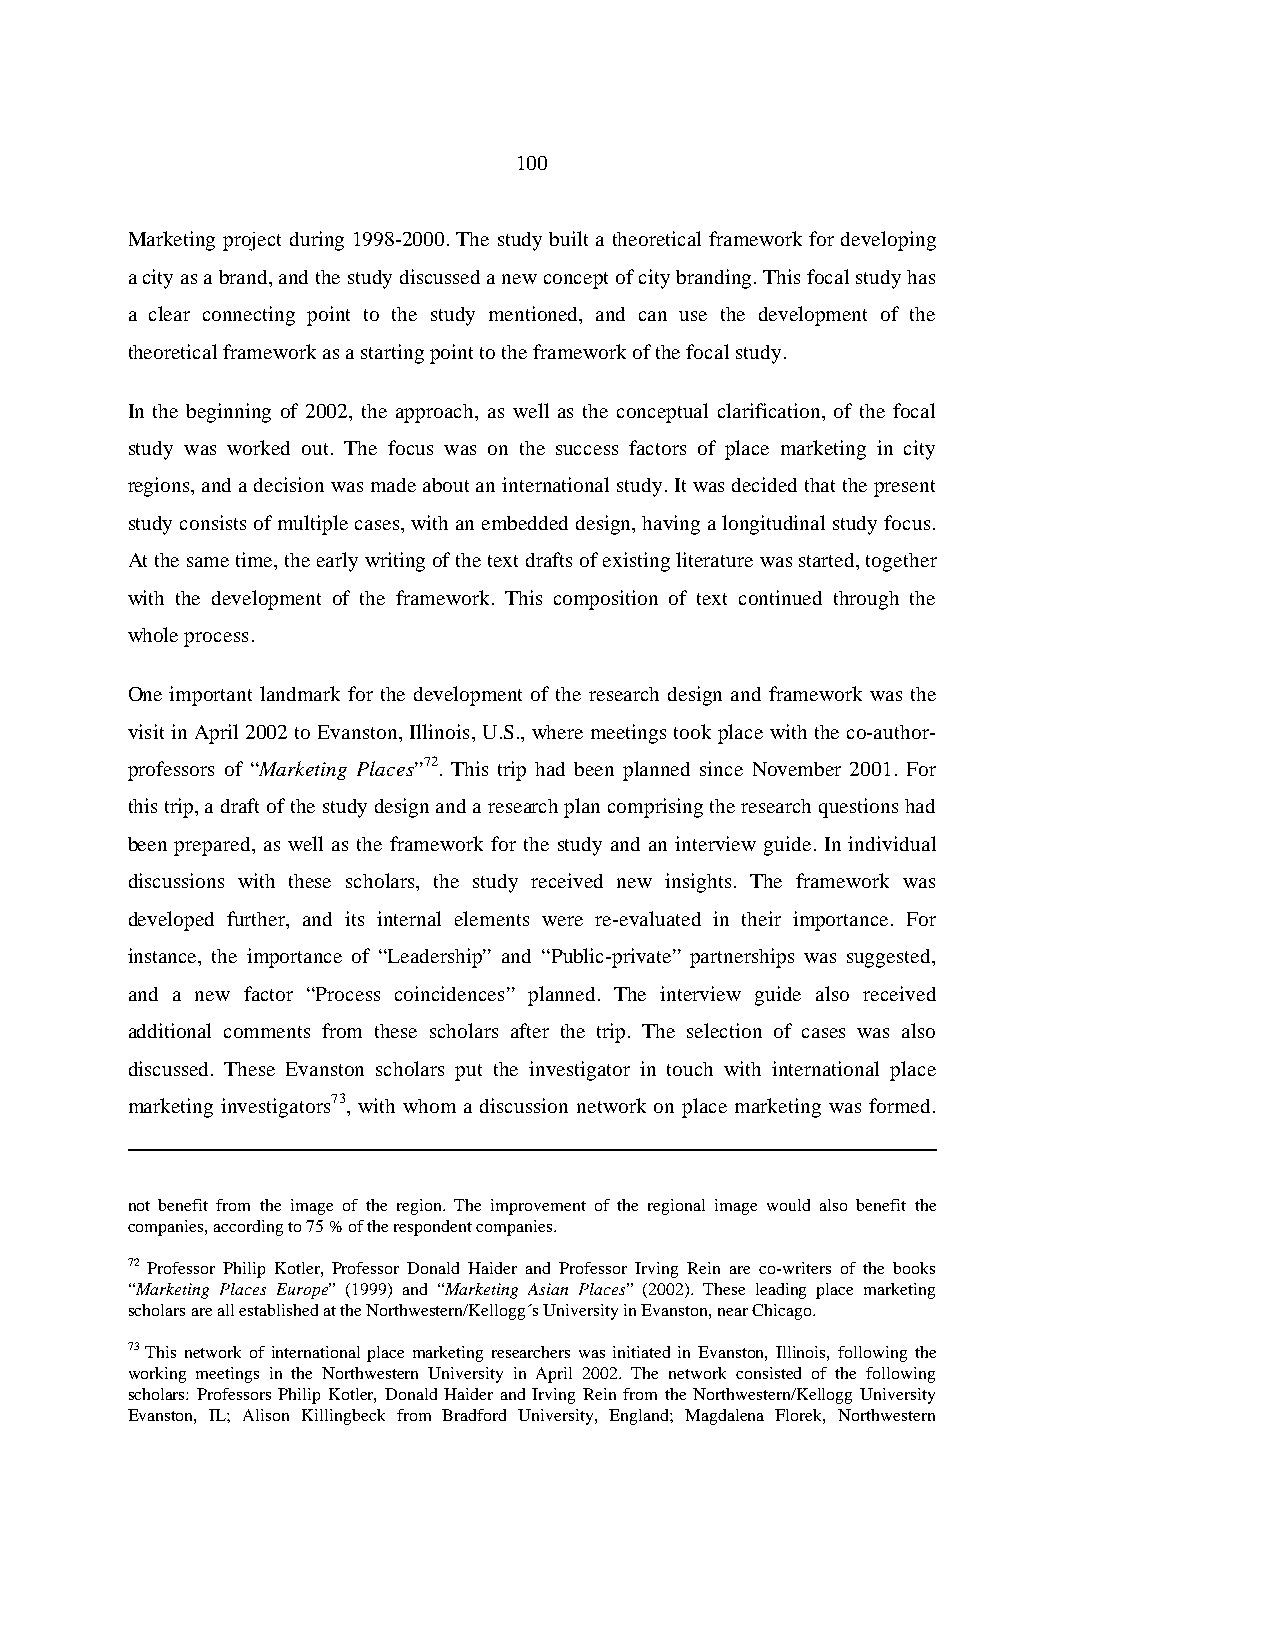
100
 Marketing project during 1998-2000. The study built a theoretical framework for developing
 a city as a brand, and the study discussed a new concept of city branding. This focal study has
 a clear connecting point to the study mentioned, and can use the development of the
 theoretical framework as a starting point to the framework of the focal study.
 In the beginning of 2002, the approach, as well as the conceptual clarification, of the focal
 study was worked out. The focus was on the success factors of place marketing in city
 regions, and a decision was made about an international study. It was decided that the present
 study consists of multiple cases, with an embedded design, having a longitudinal study focus.
 At the same time, the early writing of the text drafts of existing literature was started, together
 with the development of the framework. This composition of text continued through the
 whole process.
 One important landmark for the development of the research design and framework was the
 visit in April 2002 to Evanston, Illinois, U.S., where meetings took place with the co-author-
 professors of “Marketing Places”72. This trip had been planned since November 2001. For
 this trip, a draft of the study design and a research plan comprising the research questions had
 been prepared, as well as the framework for the study and an interview guide. In individual
 discussions with these scholars, the study received new insights. The framework was
 developed further, and its internal elements were re-evaluated in their importance. For
 instance, the importance of “Leadership” and “Public-private” partnerships was suggested,
 and a new factor “Process coincidences” planned. The interview guide also received
 additional comments from these scholars after the trip. The selection of cases was also
 discussed. These Evanston scholars put the investigator in touch with international place
 marketing investigators73, with whom a discussion network on place marketing was formed.
 not benefit from the image of the region. The improvement of the regional image would also benefit the
 companies, according to 75 % of the respondent companies.
 72 Professor Philip Kotler, Professor Donald Haider and Professor Irving Rein are co-writers of the books
 “Marketing Places Europe” (1999) and “Marketing Asian Places” (2002). These leading place marketing
 scholars are all established at the Northwestern/Kellogg´s University in Evanston, near Chicago.
 73 This network of international place marketing researchers was initiated in Evanston, Illinois, following the
 working meetings in the Northwestern University in April 2002. The network consisted of the following
 scholars: Professors Philip Kotler, Donald Haider and Irving Rein from the Northwestern/Kellogg University
 Evanston, IL; Alison Killingbeck from Bradford University, England; Magdalena Florek, Northwestern